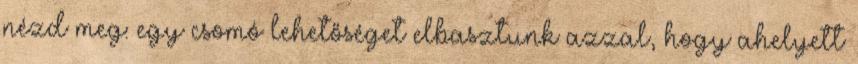
nézd meg: egy csomó lehetőséget elbasztunk azzal, hogy ahelyett